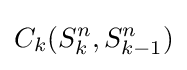
{C_{k}}(S_{k}^{n},S_{k-1}^{n})